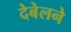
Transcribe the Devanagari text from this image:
देबेलने